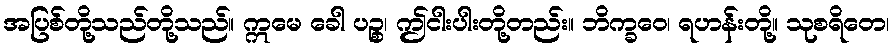
အပြစ်တို့သည်တို့သည်။ ဣမေ ခေါ ပဉ္စ၊ ဤငါးပါးတို့တည်း။ ဘိက္ခဝေ၊ ရဟန်းတို့။ သုစရိတေ၊